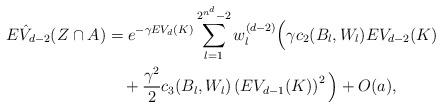
LaTeX: \begin{align*}E\hat{V}_{d-2}(Z\cap A)&= e^{-\gamma E V_d(K)}\sum\limits_{l=1}^{2^{n^d}-2}w_l^{(d-2)}\Big(\gamma c_2(B_l,W_l)E V_{d-2}(K)\\&\quad+\frac{\gamma^2}{2}c_3(B_l,W_l)\left( E V_{d-1}(K)\right)^2\Big)+O(a),\end{align*}